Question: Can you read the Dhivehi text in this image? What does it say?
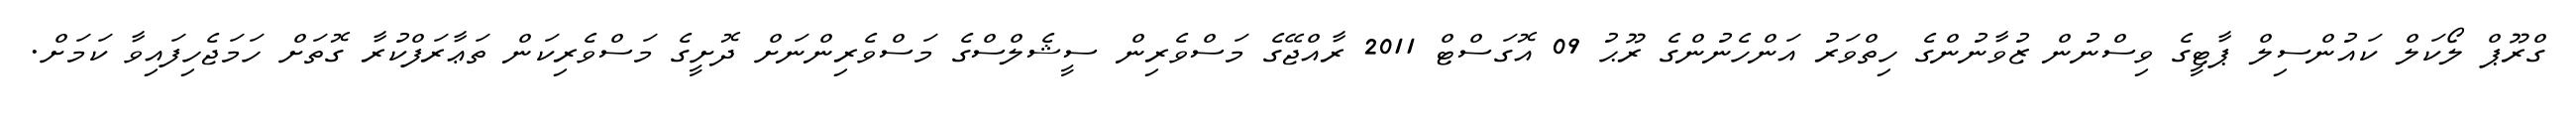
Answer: ގްރޫޕް ލޯކަލް ކައުންސިލް ޕާޓީގެ ވިސްނުން ޒުވާނުންގެ ހިތްވަރު އަންހެނުންގެ ރޫޙު 09 އޮގަސްޓް 2011 ރާއްޖޭގެ މަސްވެރިން ސީޝެލްސްގެ މަސްވެރިންނަށް ދޮށީގެ މަސްވެރިކަން ތަޢާރަފްކުރާ ގޮތަށް ހަމަޖެހިފައިވާ ކަމަށް.